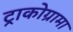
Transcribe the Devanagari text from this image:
ट्राकोग्रामा